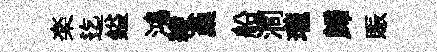
楽迄鎰鴻鞭稾船澗瓏歸賑